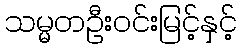
သမ္မတဦးဝင်းမြင့်နှင့်